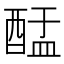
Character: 䣿